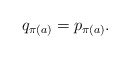
\begin{align*}q_{\pi(a)} = p_{\pi(a)}.\end{align*}